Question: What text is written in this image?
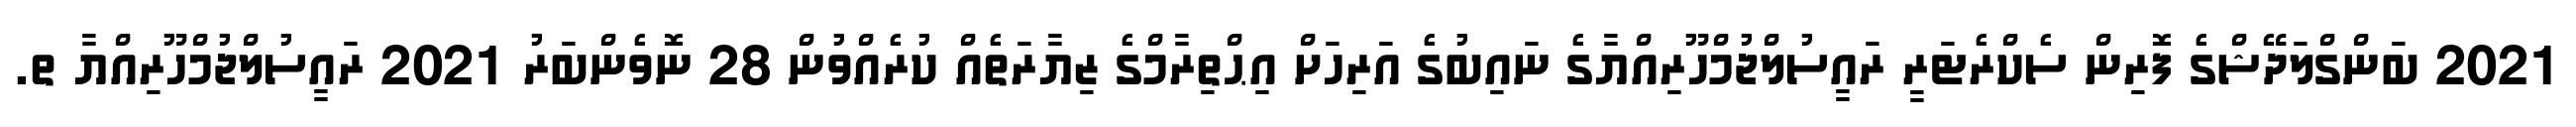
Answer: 2021 ބަންގްލަދޭޝްގެ ފޮރިން ސެކްރެޓަރީ ރައީސުލްޖުމްހޫރިއްޔާގެ ނައިބުގެ އަރިހަށް އިޙްތިރާމްގެ ޒިޔާރަތެއް ކުރެއްވުން 28 ނޮވެންބަރު 2021 ރައީސުލްޖުމްހޫރިއްޔާ ތ.